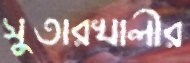
সুতারখালীর